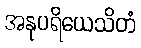
အနုပရိယေသိတံ